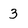
Character: 3